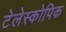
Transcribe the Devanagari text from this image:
टेलेस्कोपिक